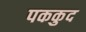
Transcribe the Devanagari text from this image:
पककुद